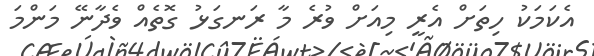
އެކަމަކު ހިތަށް އެރީ މިއަށް ވުރެ މާ ރަނގަޅު ގޮތެއް ވެދާނޭ މަންމަ